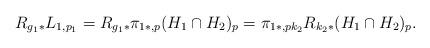
LaTeX: \begin{align*}R_{g_1*}L_{1,p_1}=R_{g_1*}\pi_{1*,p}(H_1\cap H_2)_p=\pi_{1*,pk_2}R_{k_2*}(H_1\cap H_2)_p.\end{align*}